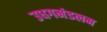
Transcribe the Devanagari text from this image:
उधगमंडलम